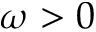
\omega > 0